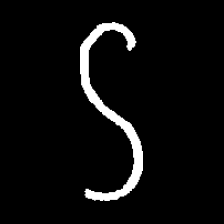
Pyu character \u2014 Myanmar letter: ဌ (romanized: ttha)